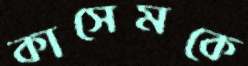
কাসেমকে